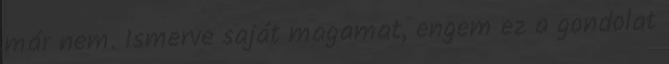
már nem. Ismerve saját magamat, engem ez a gondolat